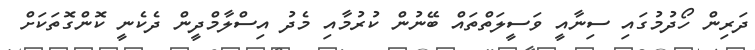
ދަރިން ހޯދުމުގައި ސިނާއީ ވަސީލަތްތައް ބޭނުން ކުރުމާއި މެދު އިސްލާމްދީން ދެކެނީ ކޮންގޮތަކަށް